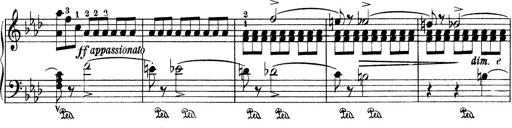
Title: Variationen Ã¼ber das Motiv von Bach
Composer: Franz Liszt